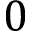
0